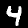
Digit: 4